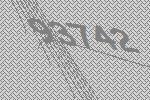
93742